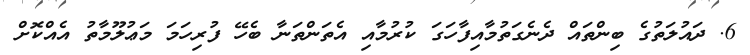
6. ދައުލަތުގެ ބިންތައް ދެނެގަތުމާއިފާހަގަ ކުރުމާއި އެތަންތަނާ ބެހޭ ފުރިހަމަ މަޢުލޫމާތު އެއްކޮށް